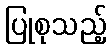
ပြုစုသည့်